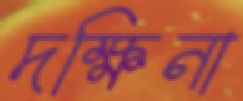
দক্ষিনা